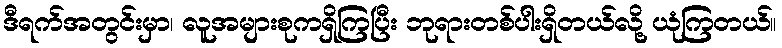
ဒီရက်အတွင်းမှာ၊ လူအများစုကရှိကြပြီး ဘုရားတစ်ပါးရှိတယ်လို့ ယုံကြတယ်။